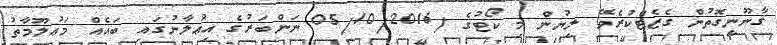
ޤާނޫނީގޮތުން ގެޒެޓްކުރެވޭ ލިޔުން މި ކޯޓުގެ /05/10/2016 ނަންބަރުގެ އިޢުލާނުގައި ބައެއް މަޢުލޫމާތު